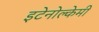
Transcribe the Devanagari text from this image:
इटेनोल्केमी